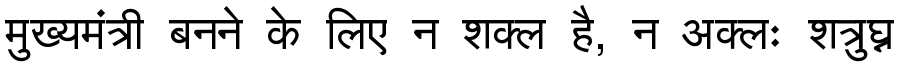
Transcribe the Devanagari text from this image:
मुख्यमंत्री बनने के लिए न शक्ल है, न अक्लः शत्रुघ्न